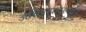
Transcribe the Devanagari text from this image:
अधिपत्यादरम्यान